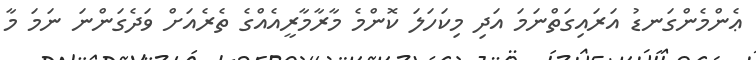
ޢެންމެންގަނޑު އަރައިގަތްނަމަ އަދި މިކަހަލަ ކޮންމެ މާރާމާރީއެއްގެ ތެރެއަށް ވަދެގަންނަ ނަމަ މާ